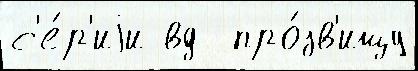
с'е́р'иjи вд  про́зв'ищу